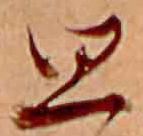
思